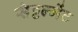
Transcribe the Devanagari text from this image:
सेट्टल्मेंट